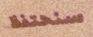
سنحتفظ